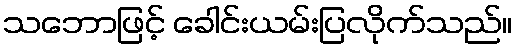
သဘောဖြင့် ခေါင်းယမ်းပြလိုက်သည်။